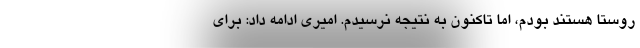
روستا هستند بودم، اما تاکنون به نتیجه نرسیدم. امیری ادامه داد: برای